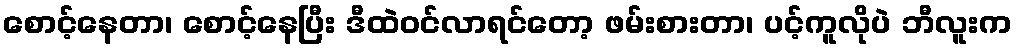
စောင့်နေတာ၊ စောင့်နေပြီး ဒီထဲဝင်လာရင်တော့ ဖမ်းစားတာ၊ ပင့်ကူလိုပဲ ဘီလူးက